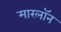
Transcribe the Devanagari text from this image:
मारलॉन